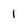
Character: 1